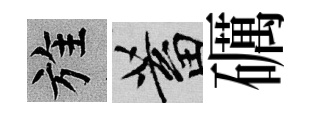
旌蓄礪